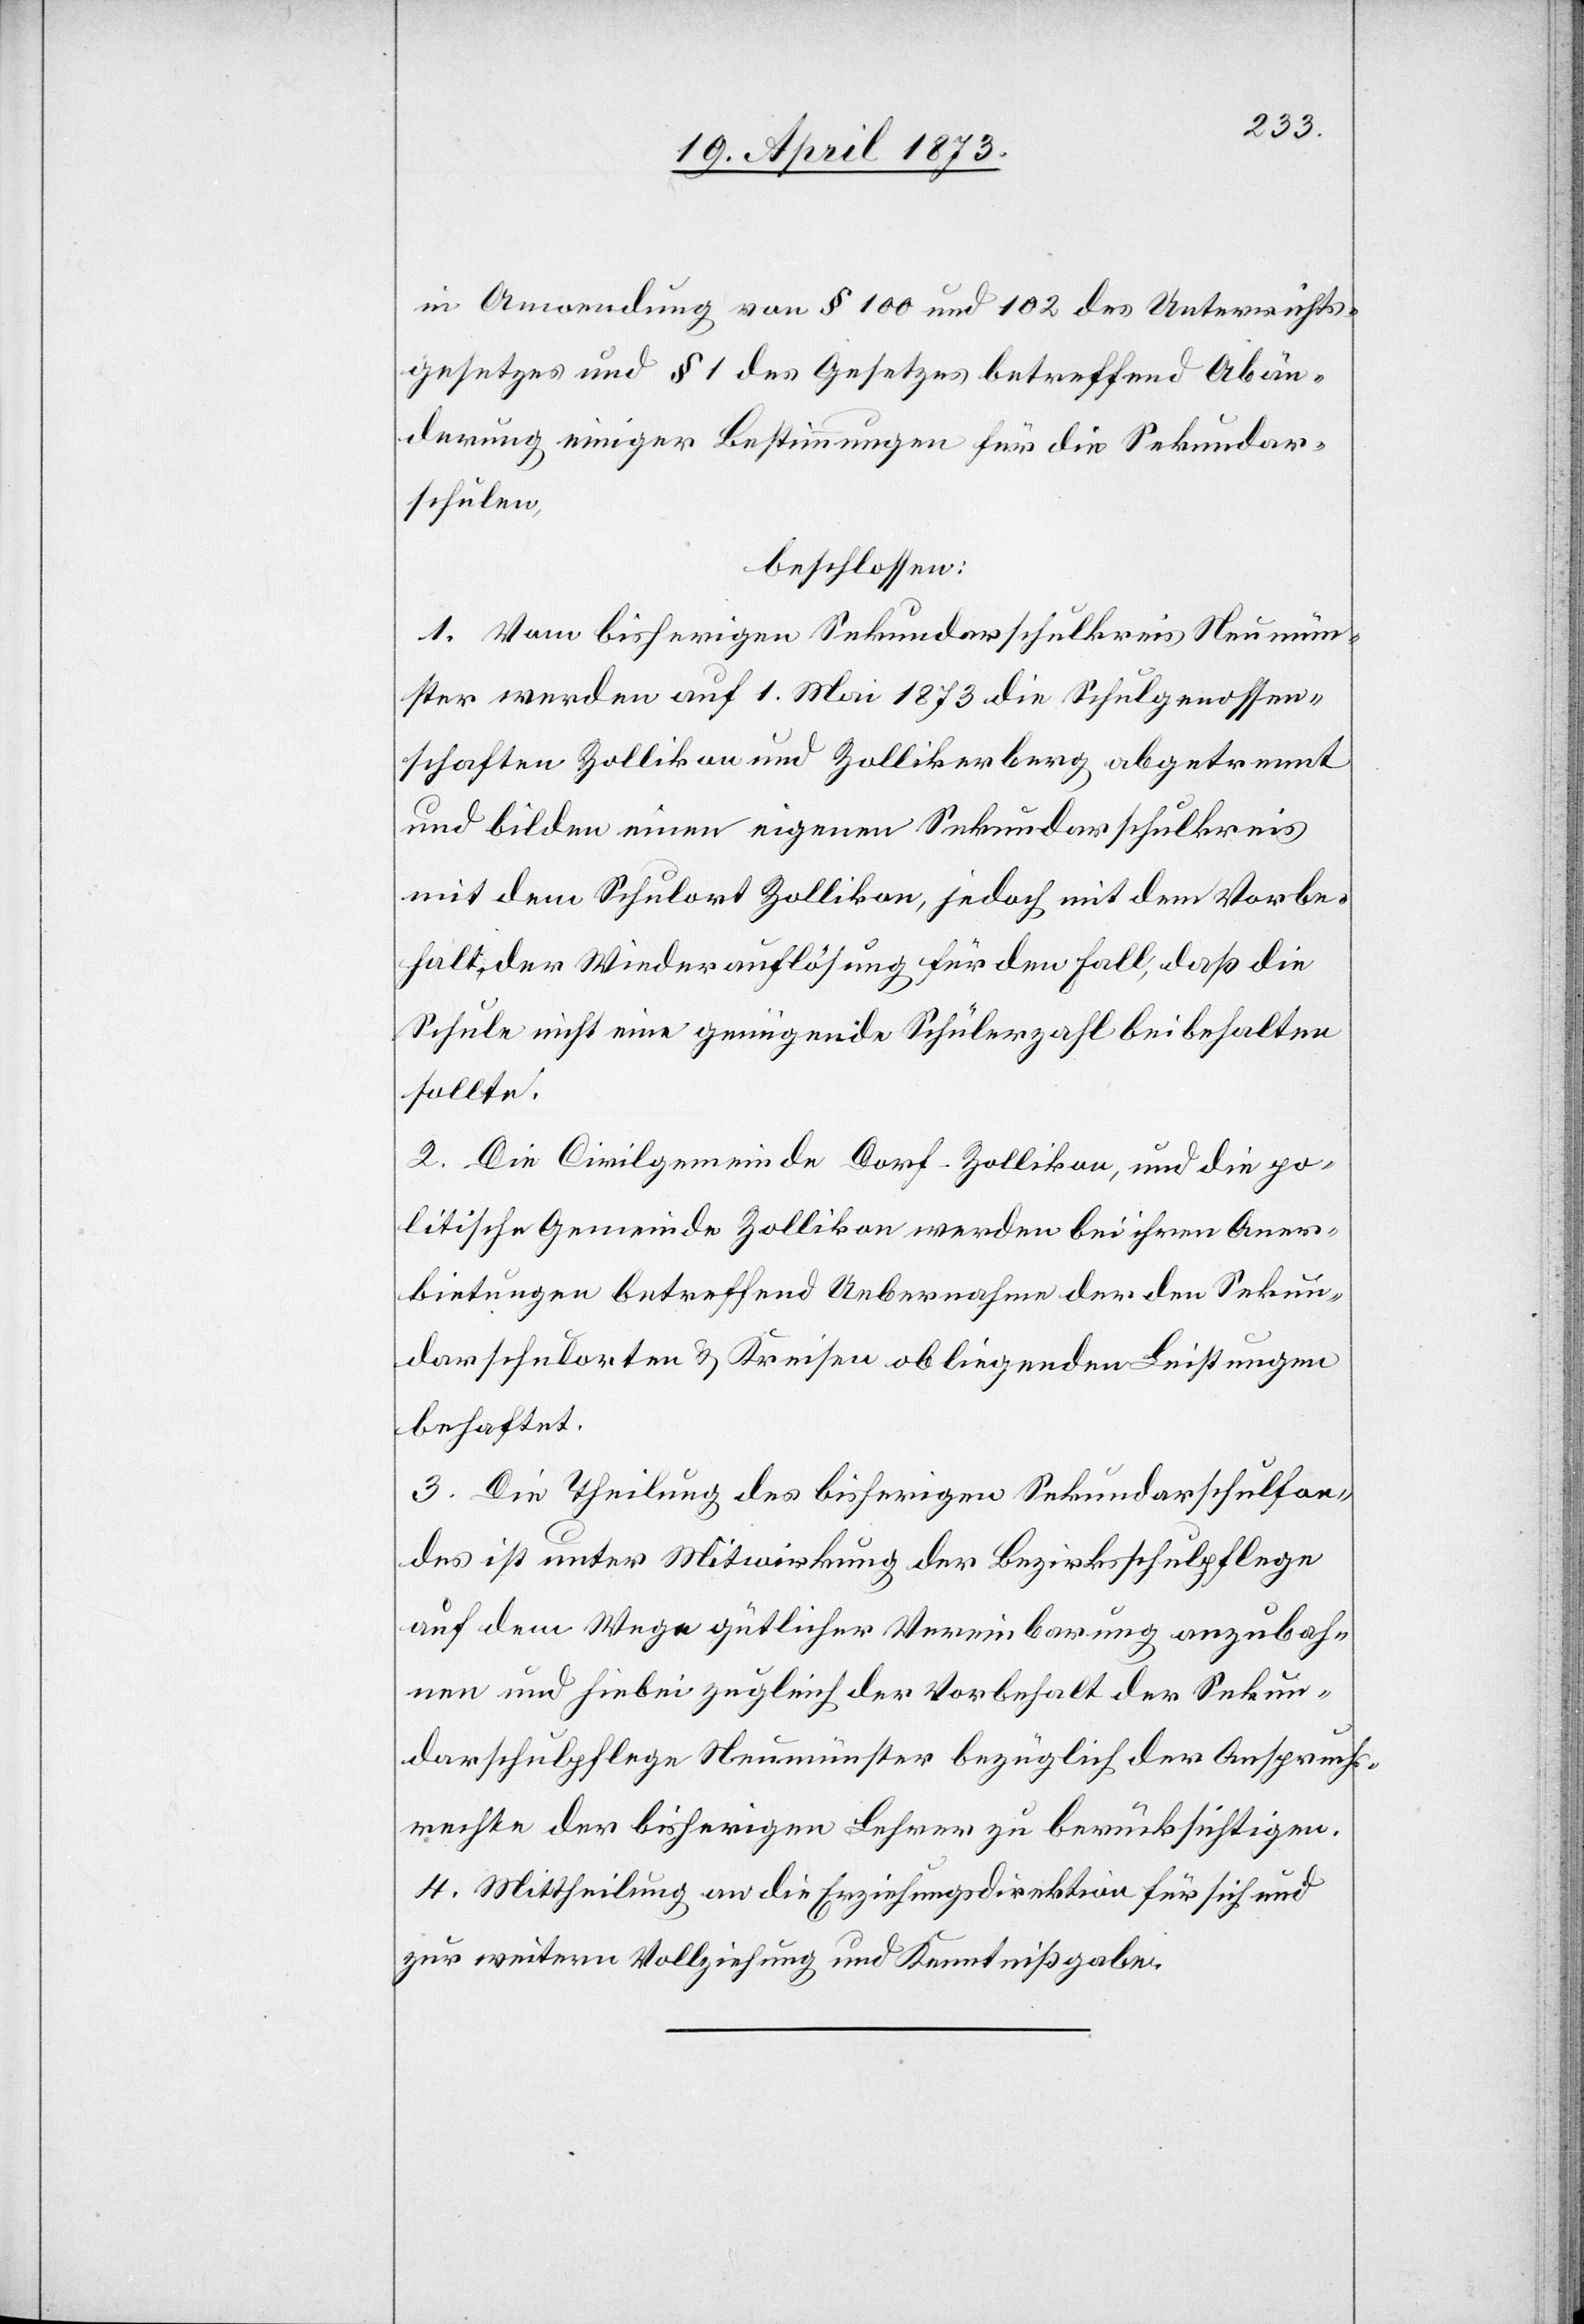
in Anwendung von § 100 und 103 des Unterrichts¬
gesetzes und § 1 des Gesetzes betreffend Abän¬
derung einiger Bestimmungen für die Sekundar¬
schulen
beschlossen:
1. Vom bisherigen Sekundarschulkreis Neumün¬
ster werden auf 1. Mai 1873 die Schulgenossen¬
schaften Zollikon und Zollikerberg abgetrennt
und bilden einen eigenen Sekundarschulkreis
mit dem Schulort Zollikon, jedoch mit dem Vorbe¬
halt der Wiederauflösung für den Fall, daß die
Schule nicht eine genügende Schülerzahl beibehalten
sollte.
2. Die Civilgemeinde Dorf-Zollikon, und die po¬
litische Gemeinde Zollikon werden bei ihren Aner¬
bietungen betreffend Uebernahme der den Sekun¬
darschulorten & Kreisen obliegenden Leistungen
behaftet.
3. Die Theilung des bisherigen Sekundarschulfon¬
des ist unter Mitwirkung der Bezirksschulpflege
auf dem Wege gütlicher Vereinbarung anzubah¬
nen und hiebei zugleich der Vorbehalt der Sekun¬
darschulpflege Neumünster bezüglich der Anspruchs¬
rechte der bisherigen Lehrer zu berücksichtigen.
4. Mittheilung an die Erziehungsdirektion für sich und
zur weitern Vollziehung und Kenntnißgabe.